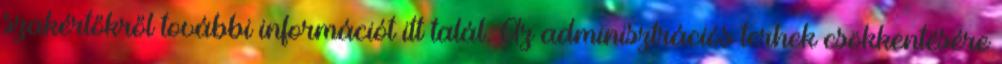
szakértőkről további információt itt talál. Az adminisztrációs terhek csökkentésére